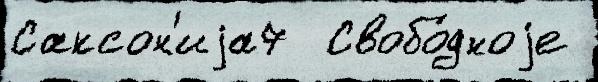
Саксон'иjа7  Свобо́дноjе